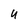
Character: U